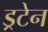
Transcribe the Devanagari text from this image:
ड्रटेन